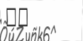
٢١